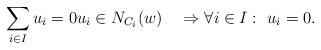
LaTeX: \begin{align*}\sum_{i\in I} u_i =0 u_i\in N_{C_i}(w)\quad\Rightarrow\forall i\in I:\ u_i=0.\end{align*}